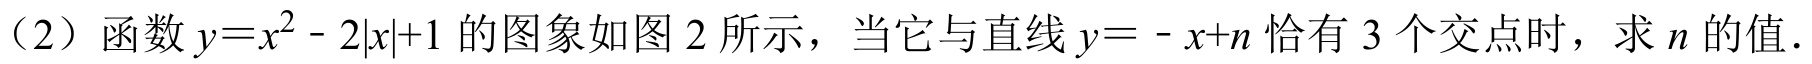
（2）函数\(y = x^{2}-2|x| + 1\)的图象如图 2 所示，当它与直线\(y=-x + n\)恰有\(3\)个交点时，求\(n\)的值.